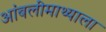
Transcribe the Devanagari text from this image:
आंबलीमाथ्याला